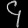
Digit: ၄